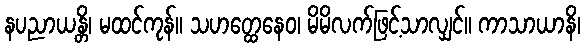
နပညာယန္တိ၊ မထင်ကုန်။ သဟတ္ထေနေဝ၊ မိမိလက်ဖြင့်သာလျှင်။ ကာသာယာနိ၊